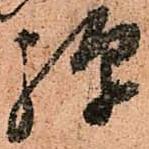
弾